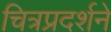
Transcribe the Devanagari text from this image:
चित्रप्रदर्शने